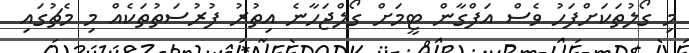
މި ގޯލުތަކަށްފަހު ވެސް އަފްގާން ޓީމަށް ގޯލްޖަހާނެ އިތުރު ފުރުސަތުތަކެއް މި މެޗުގައި